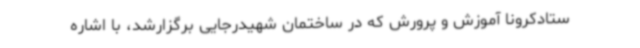
ستادکرونا آموزش و پرورش که در ساختمان شهیدرجایی برگزارشد، با اشاره